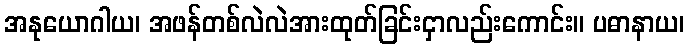
အနုယောဂါယ၊ အဖန်တစ်လဲလဲအားထုတ်ခြင်းငှာလည်းကောင်း။ ပဓာနာယ၊